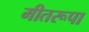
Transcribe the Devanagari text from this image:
मीतरूपा